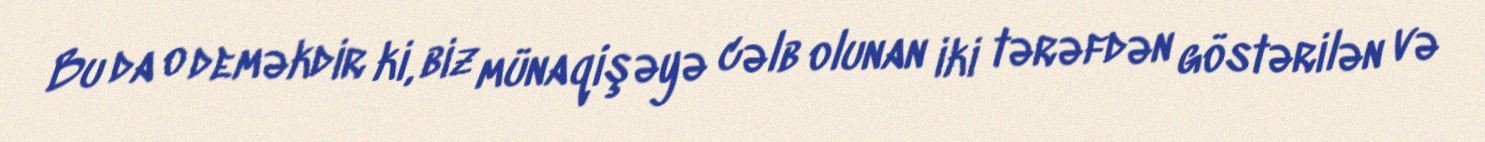
Bu da o deməkdir ki, biz münaqişəyə cəlb olunan iki tərəfdən göstərilən və